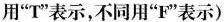
用"T"表示,不同用"F"表示)